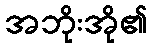
အဘိုးအို၏